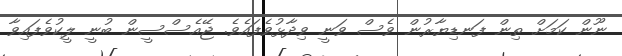
ނޫން ކަމަށް ތިން ފަނޑިޔާރުން ވެސް ވަނީ ވިދާޅުވެފައެވެ. ޖޭއެސްސީން ބުނީ ލީކުވެފައިވާ